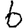
Digit: 6